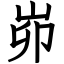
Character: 峁